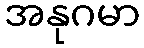
အနုဂမာ